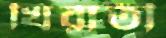
খিরাতী